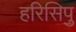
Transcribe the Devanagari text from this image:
हरिसिपु